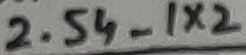
Text: 2.54_1x2